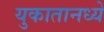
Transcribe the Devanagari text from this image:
युकातानध्ये